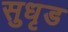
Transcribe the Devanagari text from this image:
सुधृड